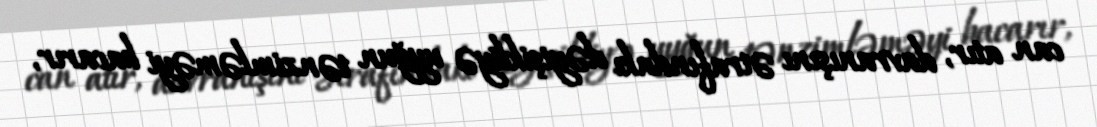
can atır, davranışını ətrafındakı dəyişikliyə uyğun tənzimləməyi bacarır,